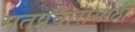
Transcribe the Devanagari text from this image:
मतप्रचारासाठी